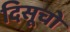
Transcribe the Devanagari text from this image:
दिसूचो